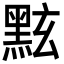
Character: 𪐷